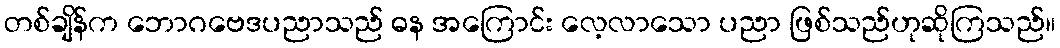
တစ်ချိန်က ဘောဂဗေဒပညာသည် ဓန အကြောင်း လေ့လာသော ပညာ ဖြစ်သည်ဟုဆိုကြသည်။